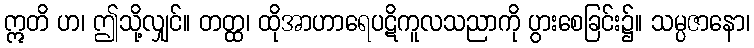
ဣတိ ဟ၊ ဤသို့လျှင်။ တတ္ထ၊ ထိုအာဟာရေပဋိကူလသညာကို ပွားစေခြင်း၌။ သမ္ပဇာနော၊